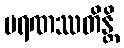
မရဏဿတိန္တိ